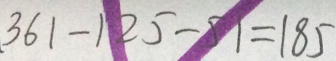
3 6 1 - 1 2 5 - 5 1 = 1 8 5